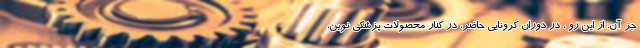
جز آن. از این رو ، در دوران کرونایی حاضر، در کنار محصولات پزشکی نوین،